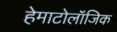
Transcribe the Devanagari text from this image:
हेमाटोलॉजिक